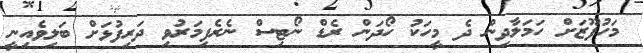
މަހުފޫޒަށް ހަމަލާދިން ދެ މީހަކު ހޯދަން ރެޑް ނޯޓިސް ނެރެފިމަރުވި ދަރިފުޅަށް ބަލިވެއިނީ